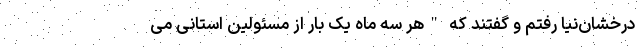
درخشان‌نیا رفتم و گفتند که "هر سه ماه یک بار از مسئولین استانی می